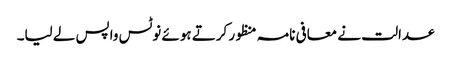
عدالت نے معافی نامہ منظور کرتے ہوئے نوٹس واپس لے لیا۔